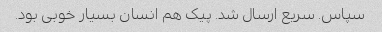
سپاس. سریع ارسال شد. پیک هم انسان بسیار خوبی بود.